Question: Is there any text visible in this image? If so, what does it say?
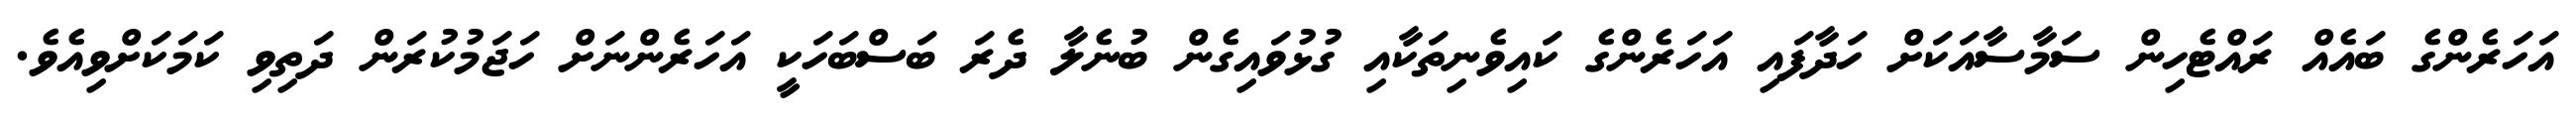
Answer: އަހަރެންގެ ބައެއް ރައްޓެހިން ސަމާސާއަކަށް ހަދާފައި އަހަރެންގެ ކައިވެނިތަކާއި ގުޅުވައިގެން ބުނެލާ ދެރަ ބަސްބަހަކީ އަހަރެންނަށް ހަޖަމުކުރަން ދަތިވި ކަމަކަށްވިއެވެ.